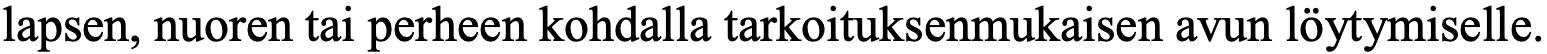
lapsen, nuoren tai perheen kohdalla tarkoituksenmukaisen avun löytymiselle.